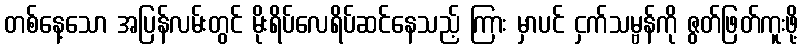
တစ်နေ့သော အပြန်လမ်းတွင် မိုးရိပ်လေရိပ်ဆင်နေသည့် ကြား မှာပင် ငှက်သမ္ဗန်ကို ဇွတ်ဖြတ်ကူးဖို့